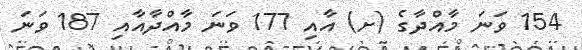
154 ވަނަ މާއްދާގެ (ށ) އާއި 177 ވަނަ މާއްދާއާއި 187 ވަނަ